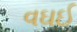
વઘઈ